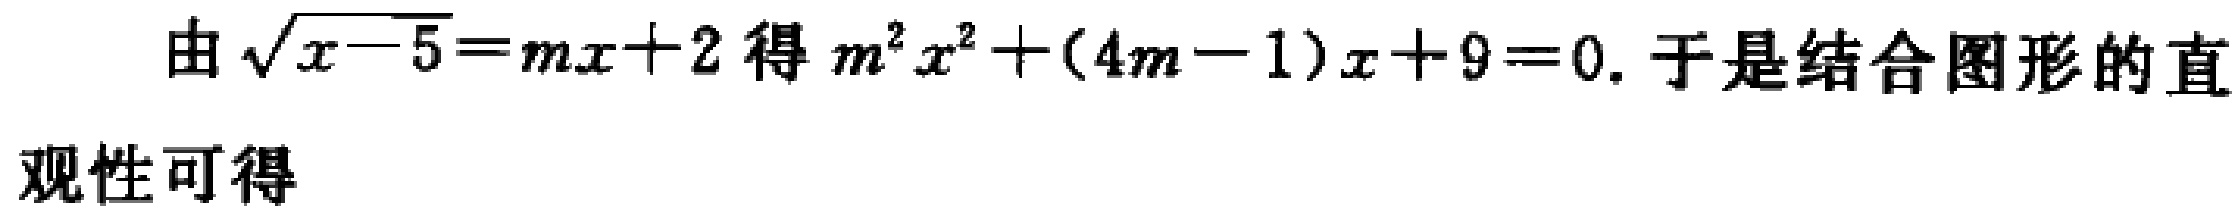
由\(\sqrt{x - 5}=mx + 2\)得\(m^{2}x^{2}+(4m - 1)x + 9 = 0\). 于是结合图形的直观性可得